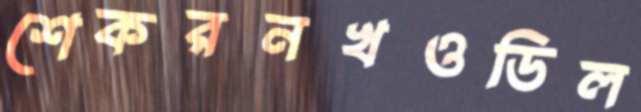
শেকরনখওডিল